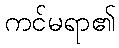
ကင်မရာ၏